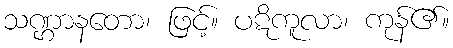
သဏ္ဌာနတော၊ ဖြင့်။ ပဋိကူလာ၊ ကုန်၏။